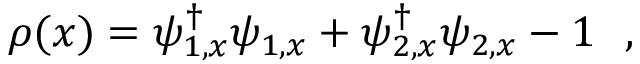
\rho ( x ) = \psi _ { 1 , x } ^ { \dag } \psi _ { 1 , x } + \psi _ { 2 , x } ^ { \dag } \psi _ { 2 , x } - 1 \ \ ,